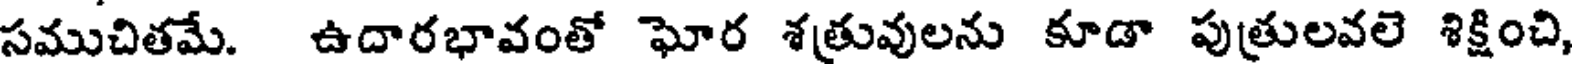
సముచితమే. ఉదారభావంతో ఘోర శత్రువులను కూడా పుత్రులవలె శిక్షించి,